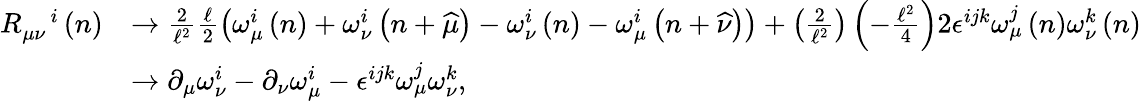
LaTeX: \begin{array}{rl}{R_{\mu\nu}^{\quad i}\left(n\right)}&{\rightarrow\frac{2}{\mathcal{\ell}^{2}}\frac{\mathcal{\ell}}{2}\left(\omega_{\mu}^{i}\left(n\right)+\omega_{\nu}^{i}\left(n+\widehat{\mu}\right)-\omega_{\nu}^{i}\left(n\right)-\omega_{\mu}^{i}\left(n+\widehat{\nu}\right)\right)+\left(\frac{2}{\mathcal{\ell}^{2}}\right)\left(-\frac{\mathcal{\ell}^{2}}{4}\right)2\epsilon^{ijk}\omega_{\mu}^{j}\left(n\right)\omega_{\nu}^{k}\left(n\right)}\\ &{\rightarrow\partial_{\mu}\omega_{\nu}^{i}-\partial_{\nu}\omega_{\mu}^{i}-\epsilon^{ijk}\omega_{\mu}^{j}\omega_{\nu}^{k},}\end{array}